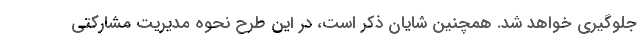
جلوگیری خواهد شد. همچنین شایان ذکر است، در این طرح نحوه مدیریت مشارکتی